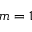
m = 1